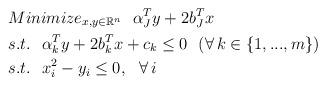
LaTeX: \begin{align*} &Minimize_{x,y\in\mathbb{R}^{n}}\ \ \alpha_J^Ty+2b_J^Tx\\ &s.t.\ \ \alpha_k^Ty+2b_k^Tx+c_k \le 0\ \ (\forall\,k\in\{1,...,m\})\\ &s.t.\ \ x_i^2-y_i \le 0,\ \ \forall\,i \end{align*}